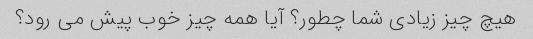
هیچ چیز زیادی شما چطور؟ آیا همه چیز خوب پیش می رود؟